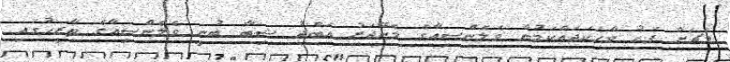
މެޗަށް ފަހު ވާހަކަދައްކަމުން ވެލެންސިއާގެ މެނޭޖަރު އަބްދު ޝިބާ ބުނީ ވެލެންސިއާގެ ތާރީހުގައި